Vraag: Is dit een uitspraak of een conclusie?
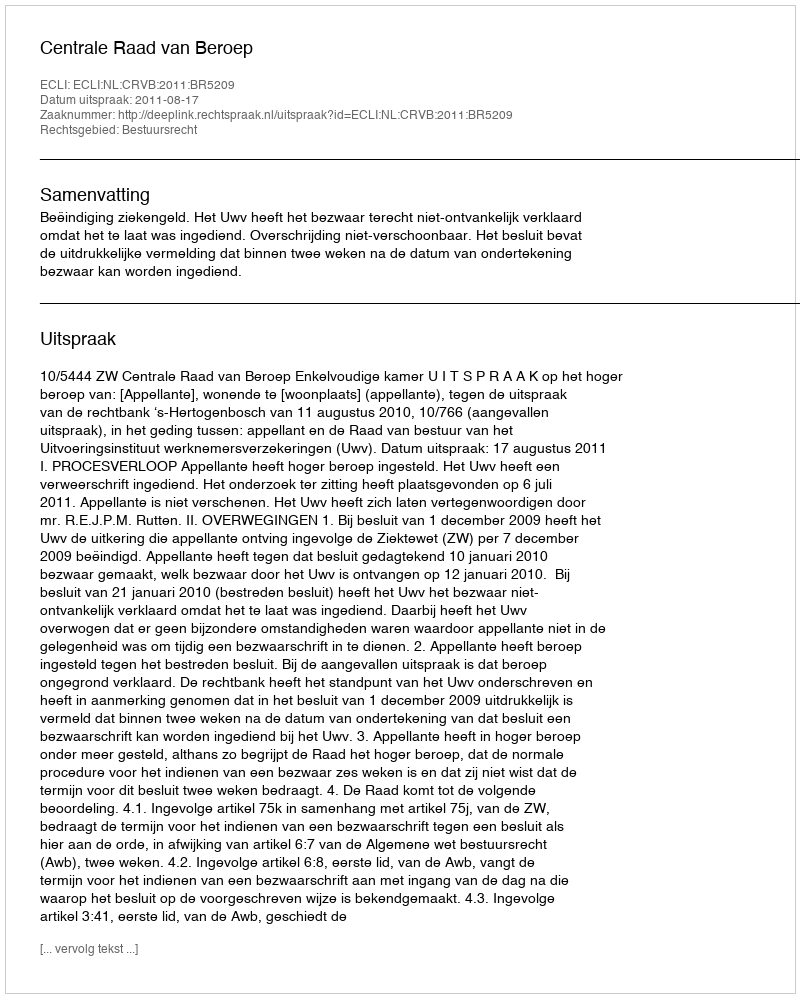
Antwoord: Uitspraak